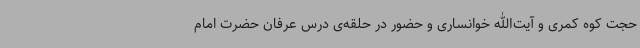
حجت کوه کمری و آیت‌الله خوانساری و حضور در حلقه‌ی درس عرفان حضرت امام